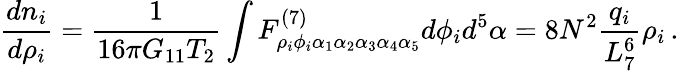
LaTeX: \frac{dn_{i}}{d\rho_{i}}=\frac{1}{16\pi G_{11}T_{2}}\int F_{\rho_{i}\phi_{i}\alpha_{1}\alpha_{2}\alpha_{3}\alpha_{4}\alpha_{5}}^{(7)}d\phi_{i}d^{5}\alpha=8N^{2}\frac{q_{i}}{L_{7}^{6}}\rho_{i}\, .